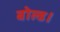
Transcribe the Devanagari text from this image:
बोल्ड।